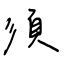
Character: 須